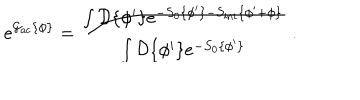
LaTeX: e ^ { { \cal { G } } _ { \mathrm { a c } } \{ { \phi } \} } = \frac { \int { \cal { D } } \{ \phi ^ { \prime } \} e ^ { - S _ { 0 } \{ \phi ^ { \prime } \} - S _ { \mathrm { i n t } } \{ \phi ^ { \prime } + { \phi } \} } } { \int { \cal { D } } \{ \phi ^ { \prime } \} e ^ { - S _ { 0 } \{ \phi ^ { \prime } \} } } \; .